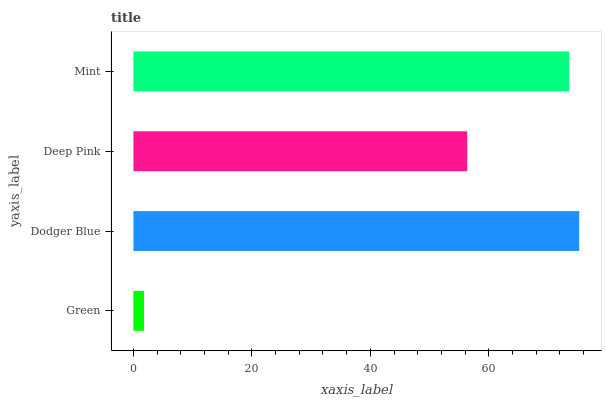
| yaxis_label | bars |
 | --- | --- |
 | Green | 1.79 |
 | Dodger Blue | 75.3 |
 | Deep Pink | 56.4 |
 | Mint | 73.6 |